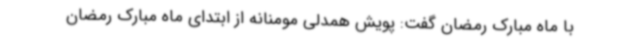
با ماه مبارک رمضان گفت: پویش همدلی مومنانه از ابتدای ماه مبارک رمضان